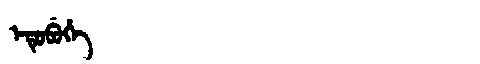
Manchu: ᡝᡨᡠᠪᡠᡥᡝ
Romanization: ETUBUHE